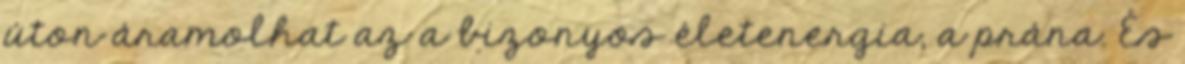
úton áramolhat az a bizonyos életenergia, a prána. És